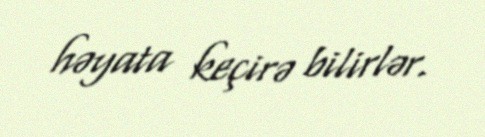
həyata keçirə bilirlər.